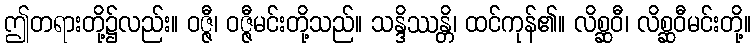
ဤတရားတို့၌လည်း။ ဝဇ္ဇီ၊ ဝဇ္ဇီမင်းတို့သည်။ သန္ဒိဿန္တိ၊ ထင်ကုန်၏။ လိစ္ဆဝီ၊ လိစ္ဆဝီမင်းတို့။